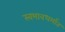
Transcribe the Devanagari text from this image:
स्वभावधर्मात